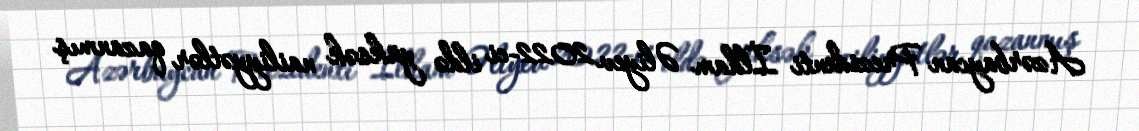
Azərbaycan Prezidenti İlham Əliyev 2022-ci ildə yüksək nailiyyətlər qazanmış